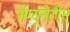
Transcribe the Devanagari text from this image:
सेंग्यूनेरीन